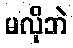
မလိုဘဲ